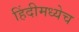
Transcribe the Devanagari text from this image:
हिंदीमध्येच